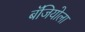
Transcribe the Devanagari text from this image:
बॅजियोला